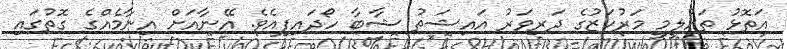
އަތޮޅު ތައުލީމީީ މަރުކަޒުގެ ދަރިވަރު އައިޝަތު ޝާބާ ހޯދައިިފިއެވެ. އޭނާއަށް އިނާމެއްގެ ގޮތުގައި